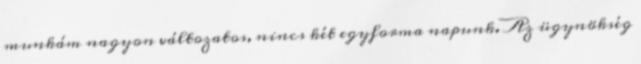
munkám nagyon változatos, nincs két egyforma napunk. Az ügynökség